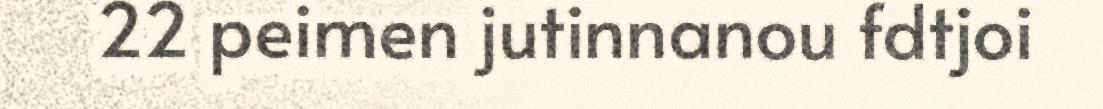
22 peimen jutinnanou fdtjoi